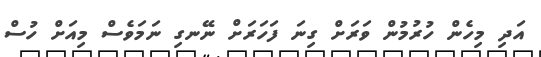
އަދި މިހެން ހުރުމުން ވަރަށް ގިނަ ފަހަރަށް ނޭނގި ނަމަވެސް މިއަށް ހުސް